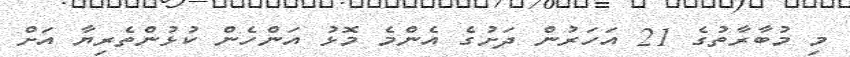
މި މުބާރާތުގެ 21 އަހަރުން ދަށުގެ އެންމެ މޮޅު އަންހެން ކުޅުންތެރިޔާ އަށް